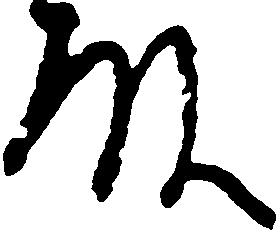
殿